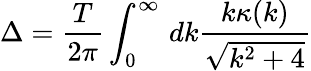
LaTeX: \Delta=\frac{T}{2\pi}\int_{0}^{\infty}\, dk\frac{k\kappa(k)}{\sqrt{k^{2}+4}}